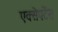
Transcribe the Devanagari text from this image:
एक्सेपटेंस